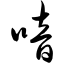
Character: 喑